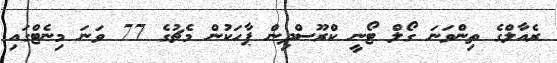
ރެއާލްގެ ތިންވަނަ ގޯލް ޓޯނީ ކްރޫސްދިން ޕާހަކުން މެޗުގެ 77 ވަނަ މިނެޓްގައި